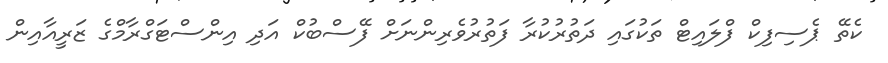
ކެތޭ ޕެސިފިކް ފްލައިޓް ތަކުގައި ދަތުރުކުރާ ފަތުރުވެރިންނަށް ފޭސްބުކް އަދި އިންސްޓަގްރާމްގެ ޒަރީއާއިން